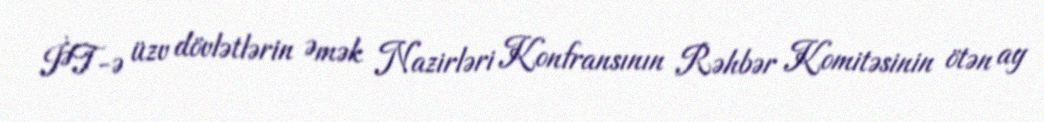
İƏT-ə üzv dövlətlərin Əmək Nazirləri Konfransının Rəhbər Komitəsinin ötən ay